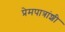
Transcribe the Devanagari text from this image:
प्रेमपात्रांशी